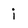
Character: i